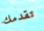
تقدمك